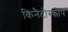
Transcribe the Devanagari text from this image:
किनैटोस्कोप